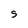
Character: s